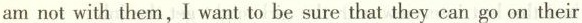
amnot with them,I want to be sure that they can go on their